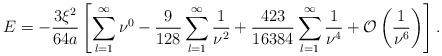
LaTeX: \begin{align*}E=- \frac{3\xi ^2}{64 a} \left [\sum_{l=1}^{\infty } \nu^0-\frac{9}{128}\sum_{l=1}^{\infty}\frac{1}{\nu ^2} +\frac{423}{16384}\sum_{l=1}^{\infty}\frac{1}{\nu^4}+ {\cal O}\left (\frac{1}{\nu ^6}\right )\right ]{.}\end{align*}